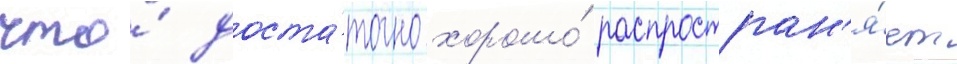
что́ доста́точно хорошо́ распростран'я́ет